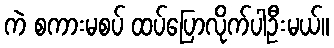
ကဲ စကားမစပ် ထပ်ပြောလိုက်ပါဦးမယ်။